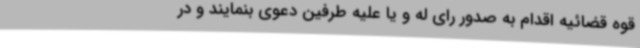
قوه قضائیه اقدام به صدور رای له و یا علیه طرفین دعوی بنمایند و در